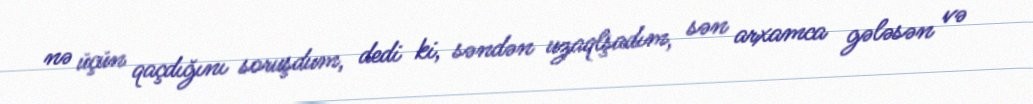
nə üçün qaçdığını soruşdum, dedi ki, səndən uzaqlşadım, sən arxamca gələsən və